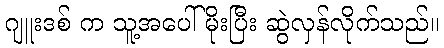
ဂျူးဒစ် က သူ့အပေါ်မိုးပြီး ဆွဲလှန်လိုက်သည်။